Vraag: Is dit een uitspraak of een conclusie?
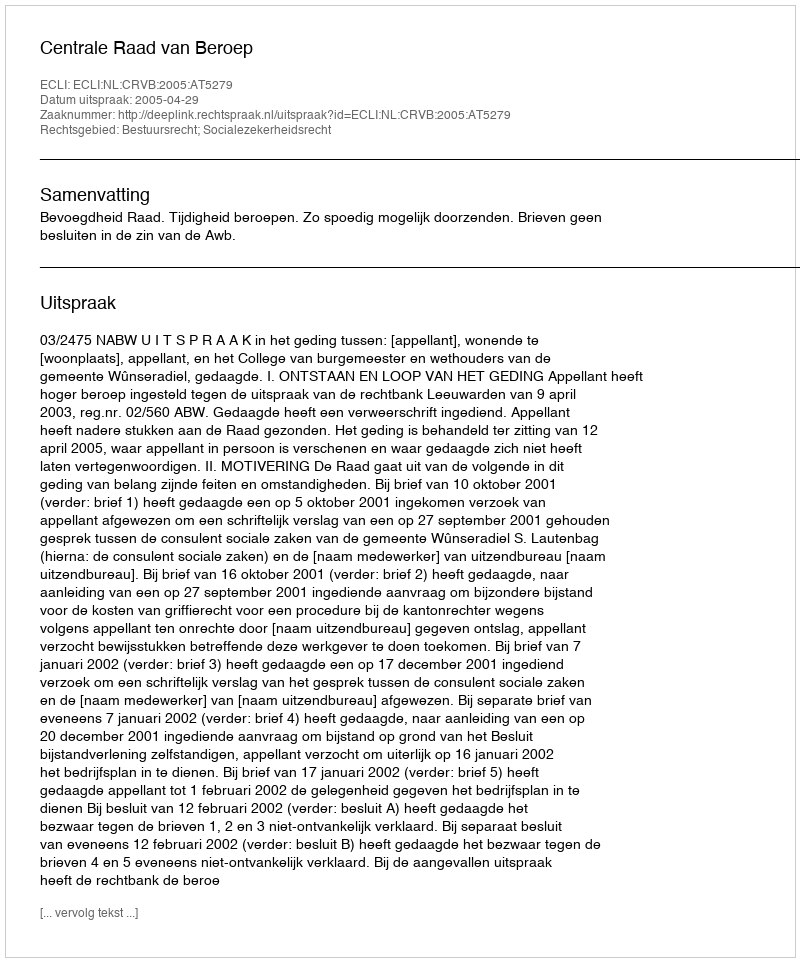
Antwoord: Uitspraak